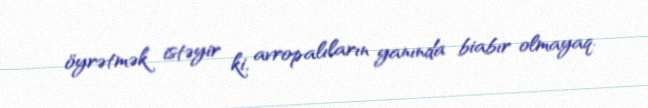
öyrətmək istəyir ki, avropalıların yanında biabır olmayaq.